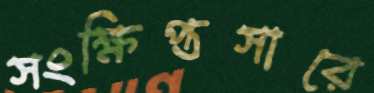
সংক্ষিপ্তসারে